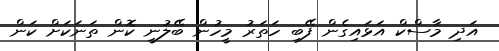
އަދި މާސްކް އަޅައިގެން ފޭބި ހަތަރު މީހުން ބޭލުނީ ކޮން ތަނަކަށް ކަން